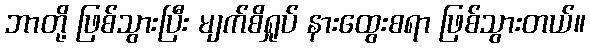
ဘာတို့ ဖြစ်သွားပြီး မျက်စိရှုပ် နားထွေးစရာ ဖြစ်သွားတယ်။